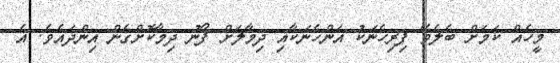
މީހެއް ކަމަށް ބެލެވޭ ފިރިހެނަކު އަންހެނަކާއި ދިމާލަށް ފޯނު ދިމާކޮށްގެން އިންދައެވެ. އެ